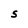
Character: S